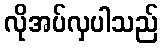
လိုအပ်လှပါသည်